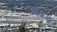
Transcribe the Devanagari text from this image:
म्ध्यम